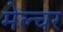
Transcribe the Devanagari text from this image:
मेल्चर